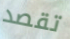
تقصد